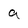
Character: a